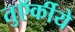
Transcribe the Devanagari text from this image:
तुऍर्कीये